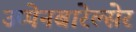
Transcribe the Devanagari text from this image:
उप्पेनबारेल्सेर